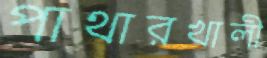
পাথারখালী